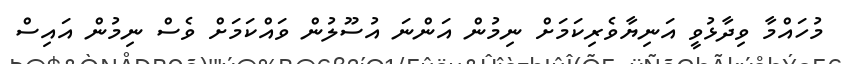
މުހައްމާ ވިދާޅުވީ އަނިޔާވެރިކަމަށް ނިމުން އަންނަ އުސޫލުން ވައްކަމަށް ވެސް ނިމުން އައިސް